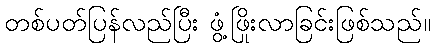
တစ်ပတ်ပြန်လည်ပြီး ဖွံ့ဖြိုးလာခြင်းဖြစ်သည်။